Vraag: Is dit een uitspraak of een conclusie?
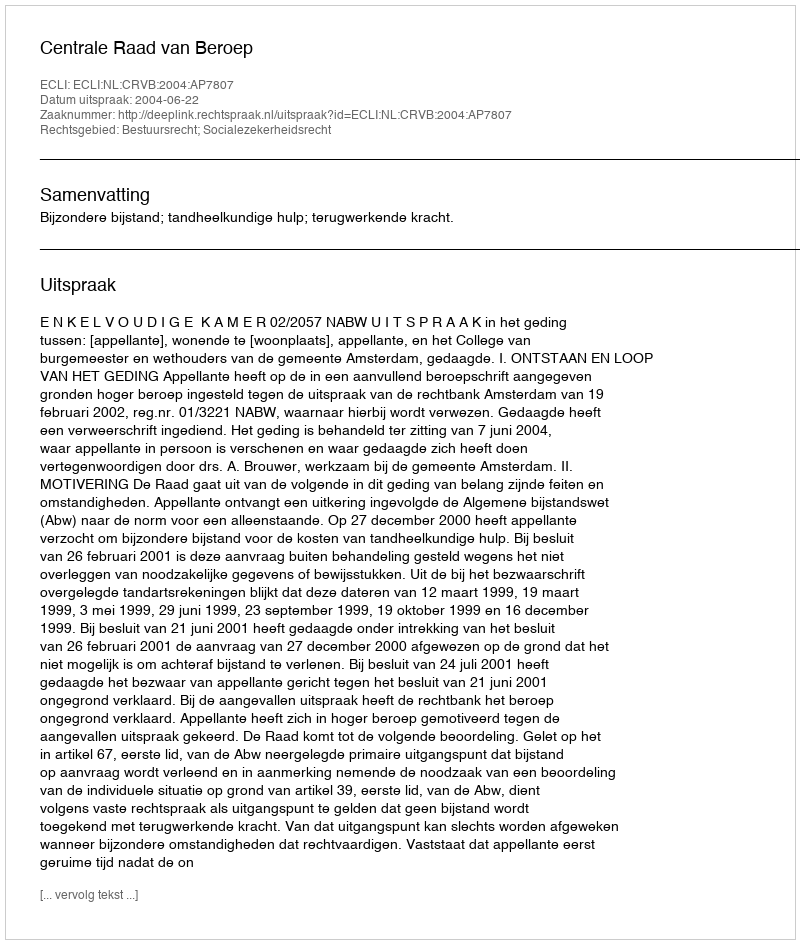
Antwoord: Uitspraak